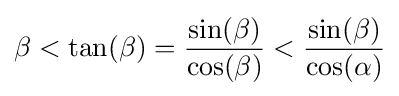
\beta <\tan(\beta )={\frac {\sin(\beta )}{\cos(\beta )}}<{\frac {\sin(\beta )}{\cos(\alpha )}}